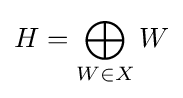
H=\bigoplus _{W\in X}W